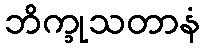
ဘိက္ခုသတာနံ